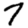
Digit: 7